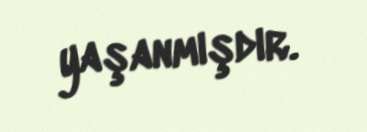
yaşanmışdır.